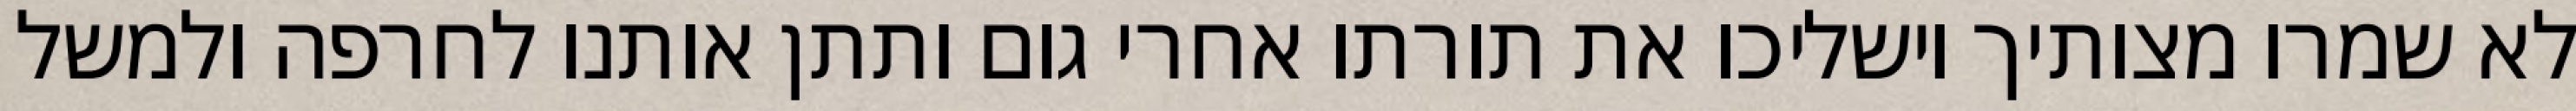
לא שמרו מצותיך וישליכו את תורתו אחרי גום ותתן אותנו לחרפה ולמשל